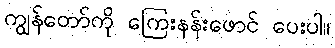
ကျွန်တော်ကို ကြေးနန်းဖောင် ပေးပါ။